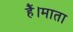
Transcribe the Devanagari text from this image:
हैं।माता